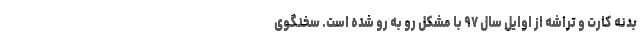
بدنه کارت و تراشه از اوایل سال ۹۷ با مشکل رو به رو شده است. سخنگوی